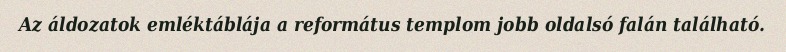
Az áldozatok emléktáblája a református templom jobb oldalsó falán található.